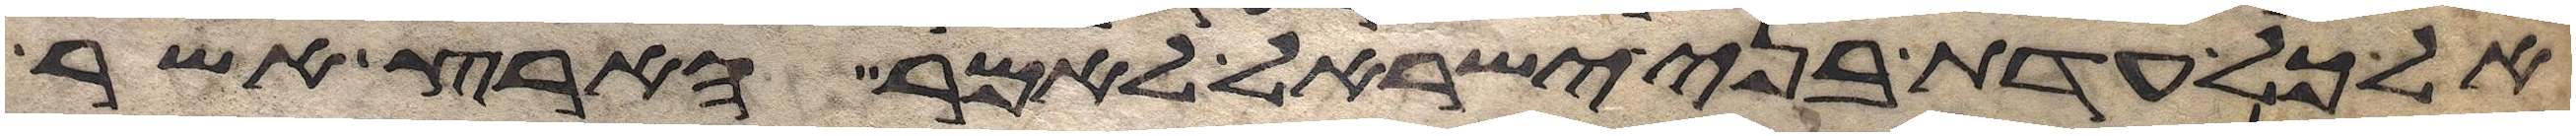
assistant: אל כל עדת בני ישראל לאמר הארץ אשר